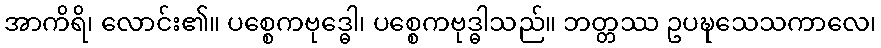
အာကိရိ၊ လောင်း၏။ ပစ္စေကဗုဒ္ဓေါ၊ ပစ္စေကဗုဒ္ဓါသည်။ ဘတ္တဿ ဥပဍ္ဎသေသကာလေ၊